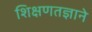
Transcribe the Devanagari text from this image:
शिक्षणतज्ञाने